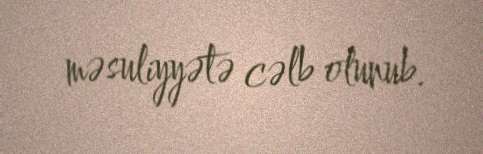
məsuliyyətə cəlb olunub.